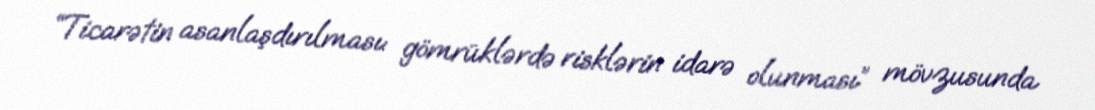
“Ticarətin asanlaşdırılması: gömrüklərdə risklərin idarə olunması” mövzusunda